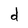
Character: d